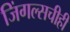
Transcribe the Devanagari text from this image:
जिंगल्सचीही